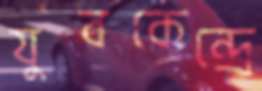
যুবকেন্দ্রে